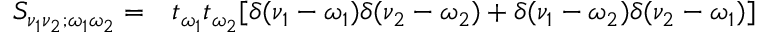
\begin{array} { r l } { S _ { \nu _ { 1 } \nu _ { 2 } ; \omega _ { 1 } \omega _ { 2 } } = } & { { } t _ { \omega _ { 1 } } t _ { \omega _ { 2 } } [ \delta ( \nu _ { 1 } - \omega _ { 1 } ) \delta ( \nu _ { 2 } - \omega _ { 2 } ) + \delta ( \nu _ { 1 } - \omega _ { 2 } ) \delta ( \nu _ { 2 } - \omega _ { 1 } ) ] } \end{array}